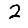
Digit: 2